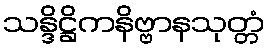
သန္ဒိဋ္ဌိကနိဗ္ဗာနသုတ္တံ